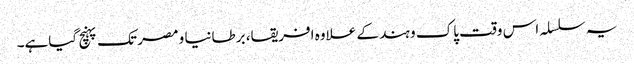
یہ سلسلہ اس وقت پاک و ہند کے علاوہ افریقا، برطانیا و مصر تک پہنچ گیاہے۔